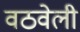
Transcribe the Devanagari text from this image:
वठवेली